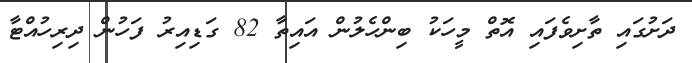
ދަށުގައި ތާށިވެފައި އޮތް މީހަކު ބިންހެލުން އައިތާ 82 ގަޑިއިރު ފަހުން ދިރިހުއްޓާ